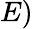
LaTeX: E)